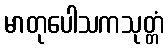
မာတုပေါသကသုတ္တံ